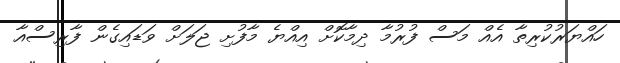
ހައްޔަރުކުރިތާ އެއް މަސް ފުރުމާ ދިމާކޮށް އިއްޔެ މާފުށި ޖަލަށް ވަޑައިގެން ފާރިސްއާ